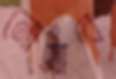
নোয়াব